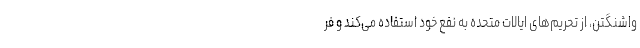
واشنگتن، از تحریم‌های ایالات متحده به نفع خود استفاده می‌کند و فر